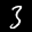
Label: 3